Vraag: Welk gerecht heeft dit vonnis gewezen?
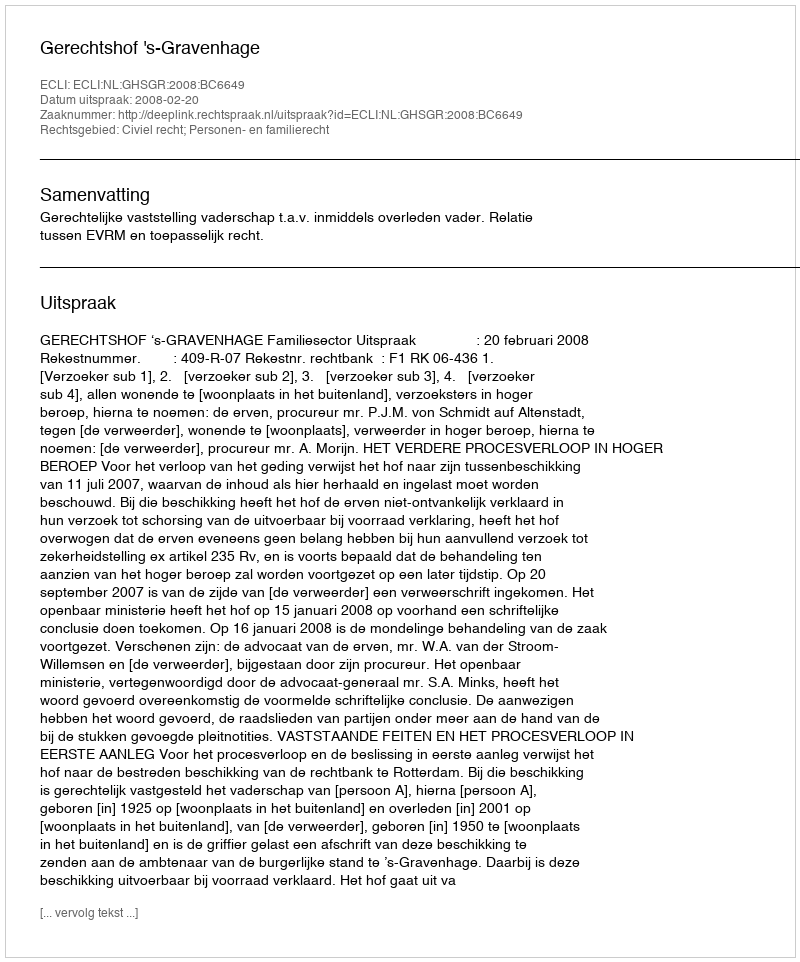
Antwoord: Gerechtshof 's-Gravenhage